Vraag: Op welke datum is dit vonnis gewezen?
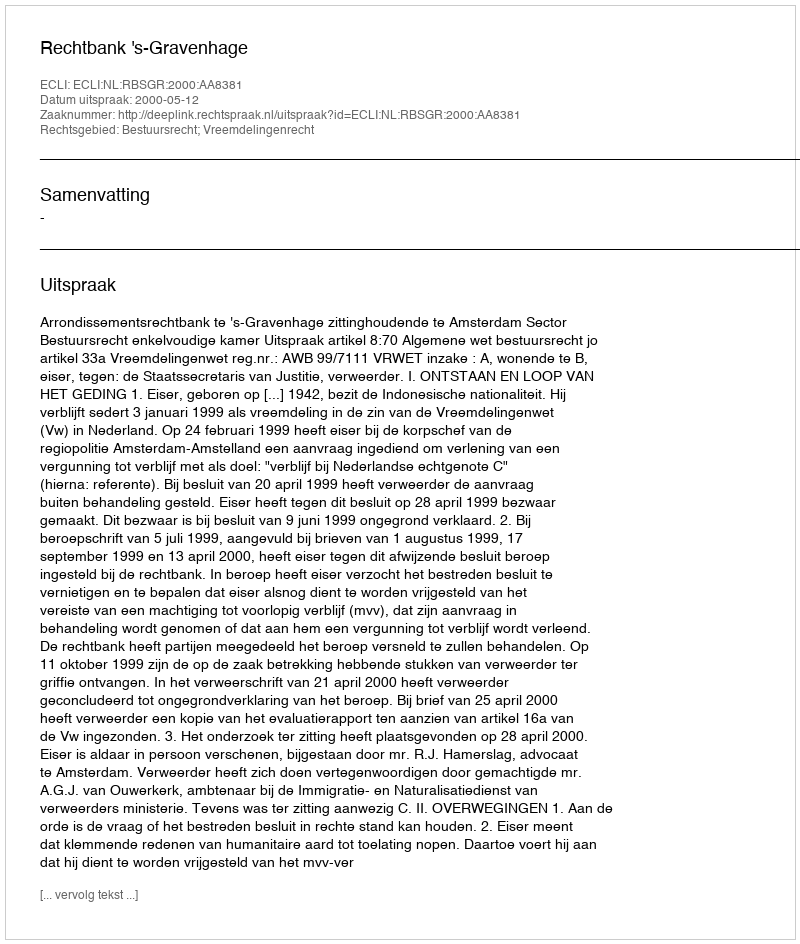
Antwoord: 2000-05-12